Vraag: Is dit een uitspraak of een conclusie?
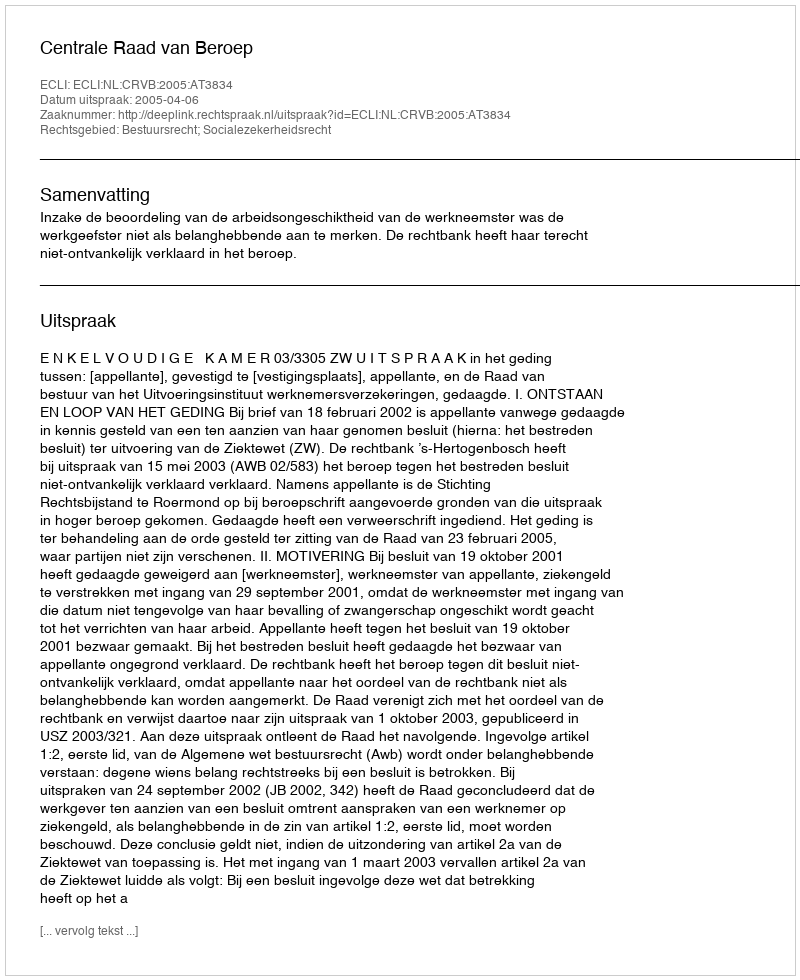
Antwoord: Uitspraak